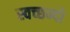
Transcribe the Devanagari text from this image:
स्वच्छन्दो